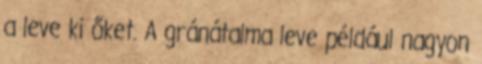
a leve ki őket. A gránátalma leve például nagyon